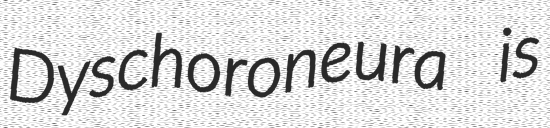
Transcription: Dyschoroneura is